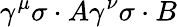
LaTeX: \gamma^{\mu}\sigma\cdot A\gamma^{\nu}\sigma\cdot B